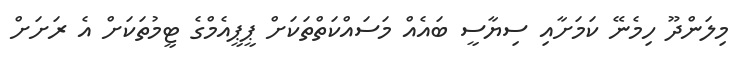
މިލަންދޫ ހިމެނޭ ކަމަށާއި ސިޔާސީ ބައެއް މަސައްކަތްތަކަށް ޕީޕީއެމްގެ ޓީމުތަކަށް އެ ރަށަށް